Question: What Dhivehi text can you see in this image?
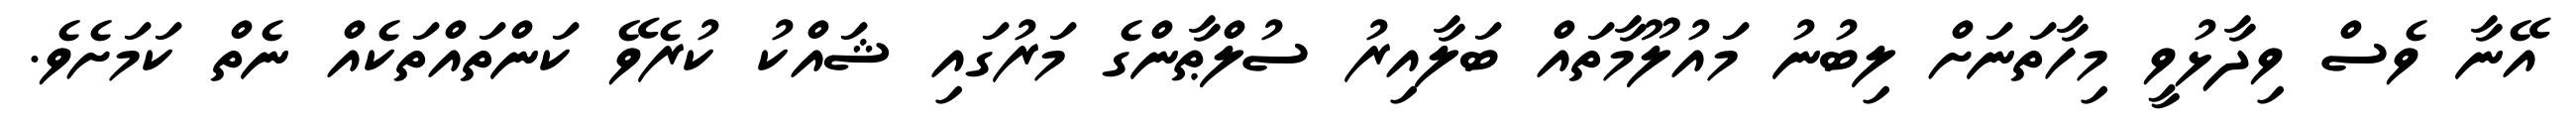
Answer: އޭނާ ވެސް ވިދާޅުވީ މިހާތަނަށް ލިބުނު މައުލޫމާތައް ބަލާއިރު ސުލްޠާންގެ މަރުގައި ޝައްކު ކުރެވޭ ކަންތައްތަކެއް ނެތް ކަމަށެވެ.